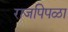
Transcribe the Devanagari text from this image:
राजपिपळा